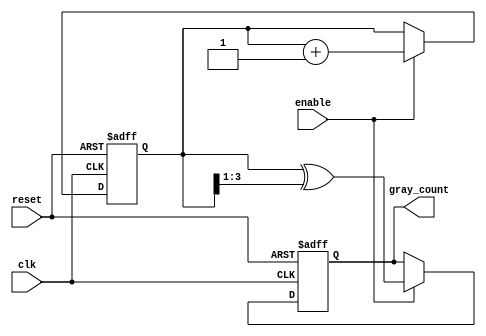
module gray_code_counter (
    input wire clk,          // Clock signal
    input wire reset,        // Asynchronous reset signal
    input wire enable,       // Enable signal for counting
    output reg [3:0] gray_count // 4-bit Gray code output
);

    reg [3:0] bin_count; // 4-bit binary counter

    // Gray code conversion function
    function [3:0] binary_to_gray;
        input [3:0] bin;
        begin
            binary_to_gray = bin ^ (bin >> 1);
        end
    endfunction

    // Asynchronous reset and counting logic
    always @(posedge clk or posedge reset) begin
        if (reset) begin
            bin_count <= 4'b0000; // Reset binary counter to 0
            gray_count <= 4'b0000; // Reset Gray code output to 0
        end else if (enable) begin
            bin_count <= bin_count + 1; // Increment binary counter
            gray_count <= binary_to_gray(bin_count); // Convert to Gray code
        end
    end

endmodule